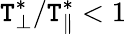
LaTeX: \mathtt{T}_{\perp}^{*}/\mathtt{T}_{\| }^{*}<1